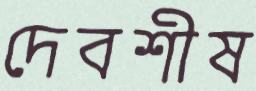
দেবশীষ